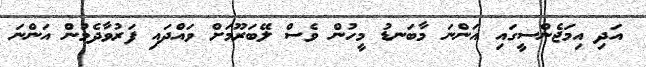
އަދި އިމަޖެންސީގައި އަންނަ މާބަނޑު މީހުން ވެސް ލޭބަރޫމަށް ވައްދައި ފަރުވާދެމުން އަންނަ